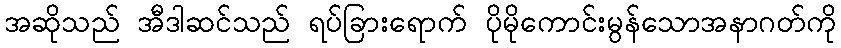
အဆိုသည် အီဒါဆင်သည် ရပ်ခြားရောက် ပိုမိုကောင်းမွန်သောအနာဂတ်ကို